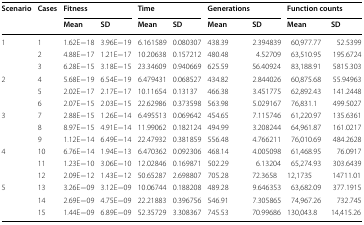
<table><thead><tr><td rowspan="2"><b>Scenario</b></td><td rowspan="2"><b>Cases</b></td><td colspan="2"><b>Fitness</b></td><td colspan="2"><b>Time</b></td><td colspan="2"><b>Generations</b></td><td colspan="2"><b>Function counts</b></td></tr><tr><td><b>Mean</b></td><td><b>SD</b></td><td><b>Mean</b></td><td><b>SD</b></td><td><b>Mean</b></td><td><b>SD</b></td><td><b>Mean</b></td><td><b>SD</b></td></tr></thead><tbody><tr><td rowspan="3">1</td><td>1</td><td>1.62E−18</td><td>3.96E−19</td><td>6.161589</td><td>0.080307</td><td>438.39</td><td>2.394839</td><td>60,977.77</td><td>52.5399</td></tr><tr><td>2</td><td>4.88E−17</td><td>1.21E−17</td><td>10.20638</td><td>0.157212</td><td>480.48</td><td>4.52709</td><td>63,510.95</td><td>195.6724</td></tr><tr><td>3</td><td>6.28E−15</td><td>3.18E−15</td><td>23.34609</td><td>0.940669</td><td>625.59</td><td>56.40924</td><td>83,188.91</td><td>5815.303</td></tr><tr><td rowspan="3">2</td><td>4</td><td>5.68E−19</td><td>6.54E−19</td><td>6.479431</td><td>0.068527</td><td>434.82</td><td>2.844026</td><td>60,875.68</td><td>55.94963</td></tr><tr><td>5</td><td>2.02E−17</td><td>2.17E−17</td><td>10.11654</td><td>0.13137</td><td>466.38</td><td>3.451775</td><td>62,892.43</td><td>141.2448</td></tr><tr><td>6</td><td>2.07E−15</td><td>2.03E−15</td><td>22.62986</td><td>0.373598</td><td>563.98</td><td>5.029167</td><td>76,831.1</td><td>499.5027</td></tr><tr><td rowspan="3">3</td><td>7</td><td>2.88E−15</td><td>1.26E−14</td><td>6.495513</td><td>0.069642</td><td>454.65</td><td>7.115746</td><td>61,220.97</td><td>135.6361</td></tr><tr><td>8</td><td>8.97E−15</td><td>4.91E−14</td><td>11.99062</td><td>0.182124</td><td>494.99</td><td>3.208244</td><td>64,961.87</td><td>161.0217</td></tr><tr><td>9</td><td>1.12E−14</td><td>6.49E−14</td><td>22.47932</td><td>0.381859</td><td>556.48</td><td>4.766211</td><td>76,010.69</td><td>484.2628</td></tr><tr><td rowspan="3">4</td><td>10</td><td>6.76E−14</td><td>1.94E−13</td><td>6.470362</td><td>0.092306</td><td>468.14</td><td>4.005098</td><td>61,468.95</td><td>76.0917</td></tr><tr><td>11</td><td>1.23E−10</td><td>3.06E−10</td><td>12.02846</td><td>0.169871</td><td>502.29</td><td>6.13204</td><td>65,274.93</td><td>303.6439</td></tr><tr><td>12</td><td>2.09E−12</td><td>1.43E−12</td><td>50.65287</td><td>2.698807</td><td>705.28</td><td>72.3658</td><td>12,1735</td><td>14711.01</td></tr><tr><td rowspan="3">5</td><td>13</td><td>3.26E−09</td><td>3.12E−09</td><td>10.06744</td><td>0.188208</td><td>489.28</td><td>9.646353</td><td>63,682.09</td><td>377.1915</td></tr><tr><td>14</td><td>2.69E−09</td><td>4.75E−09</td><td>22.21883</td><td>0.396756</td><td>546.91</td><td>7.305865</td><td>74,967.26</td><td>732.745</td></tr><tr><td>15</td><td>1.44E−09</td><td>6.89E−09</td><td>52.35729</td><td>3.308367</td><td>745.53</td><td>70.99686</td><td>130,043.8</td><td>14,415.26</td></tr></tbody></table>